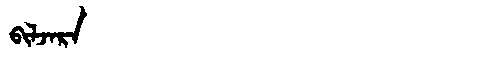
Manchu: ᠪᡳᠯᠵᠠᡵᠠ
Romanization: BILJARA